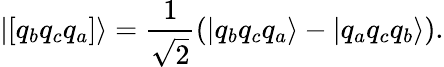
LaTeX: |[q_{b}q_{c}q_{a}]\rangle=\frac{1}{\sqrt{2}}(|q_{b}q_{c}q_{a}\rangle-|q_{a}q_{c}q_{b}\rangle).